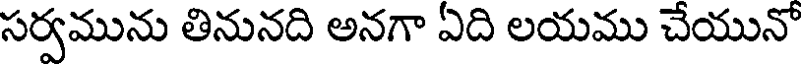
సర్వమును తినునది అనగా ఏది లయము చేయునో